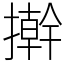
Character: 擀